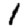
Digit: 1